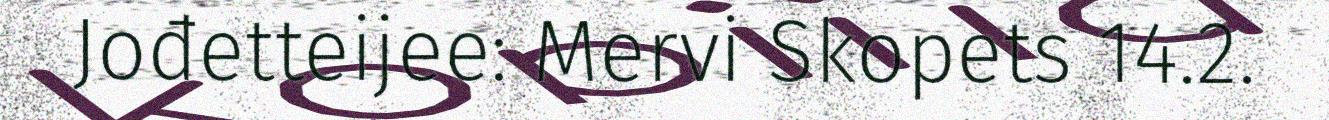
Jođetteijee: Mervi Skopets 14.2.